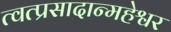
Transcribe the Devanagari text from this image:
त्वत्प्रसादान्महेश्वर